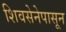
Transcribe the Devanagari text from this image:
शिवसेनेपासून